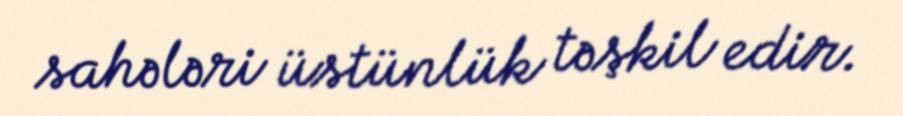
sahələri üstünlük təşkil edir.